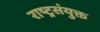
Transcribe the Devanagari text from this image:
राष्ट्रसंयुक्त